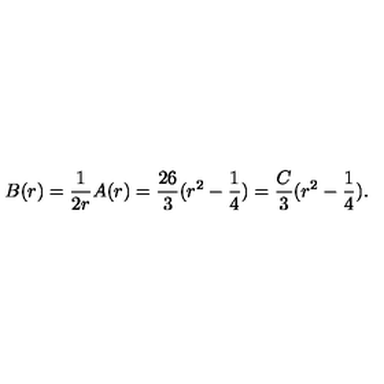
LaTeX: B ( r ) = \frac { 1 } { 2 r } A ( r ) = \frac { 2 6 } { 3 } ( r ^ { 2 } - \frac { 1 } { 4 } ) = \frac { C } { 3 } ( r ^ { 2 } - \frac { 1 } { 4 } ) .